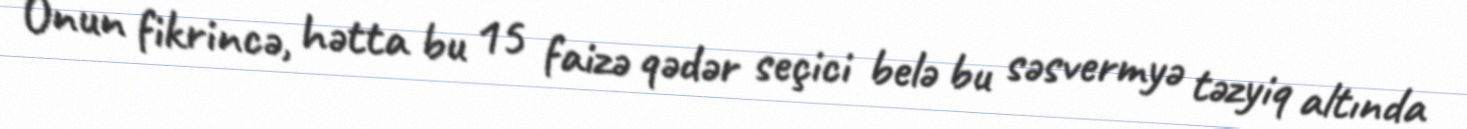
Onun fikrincə, hətta bu 15 faizə qədər seçici belə bu səsvermyə təzyiq altında